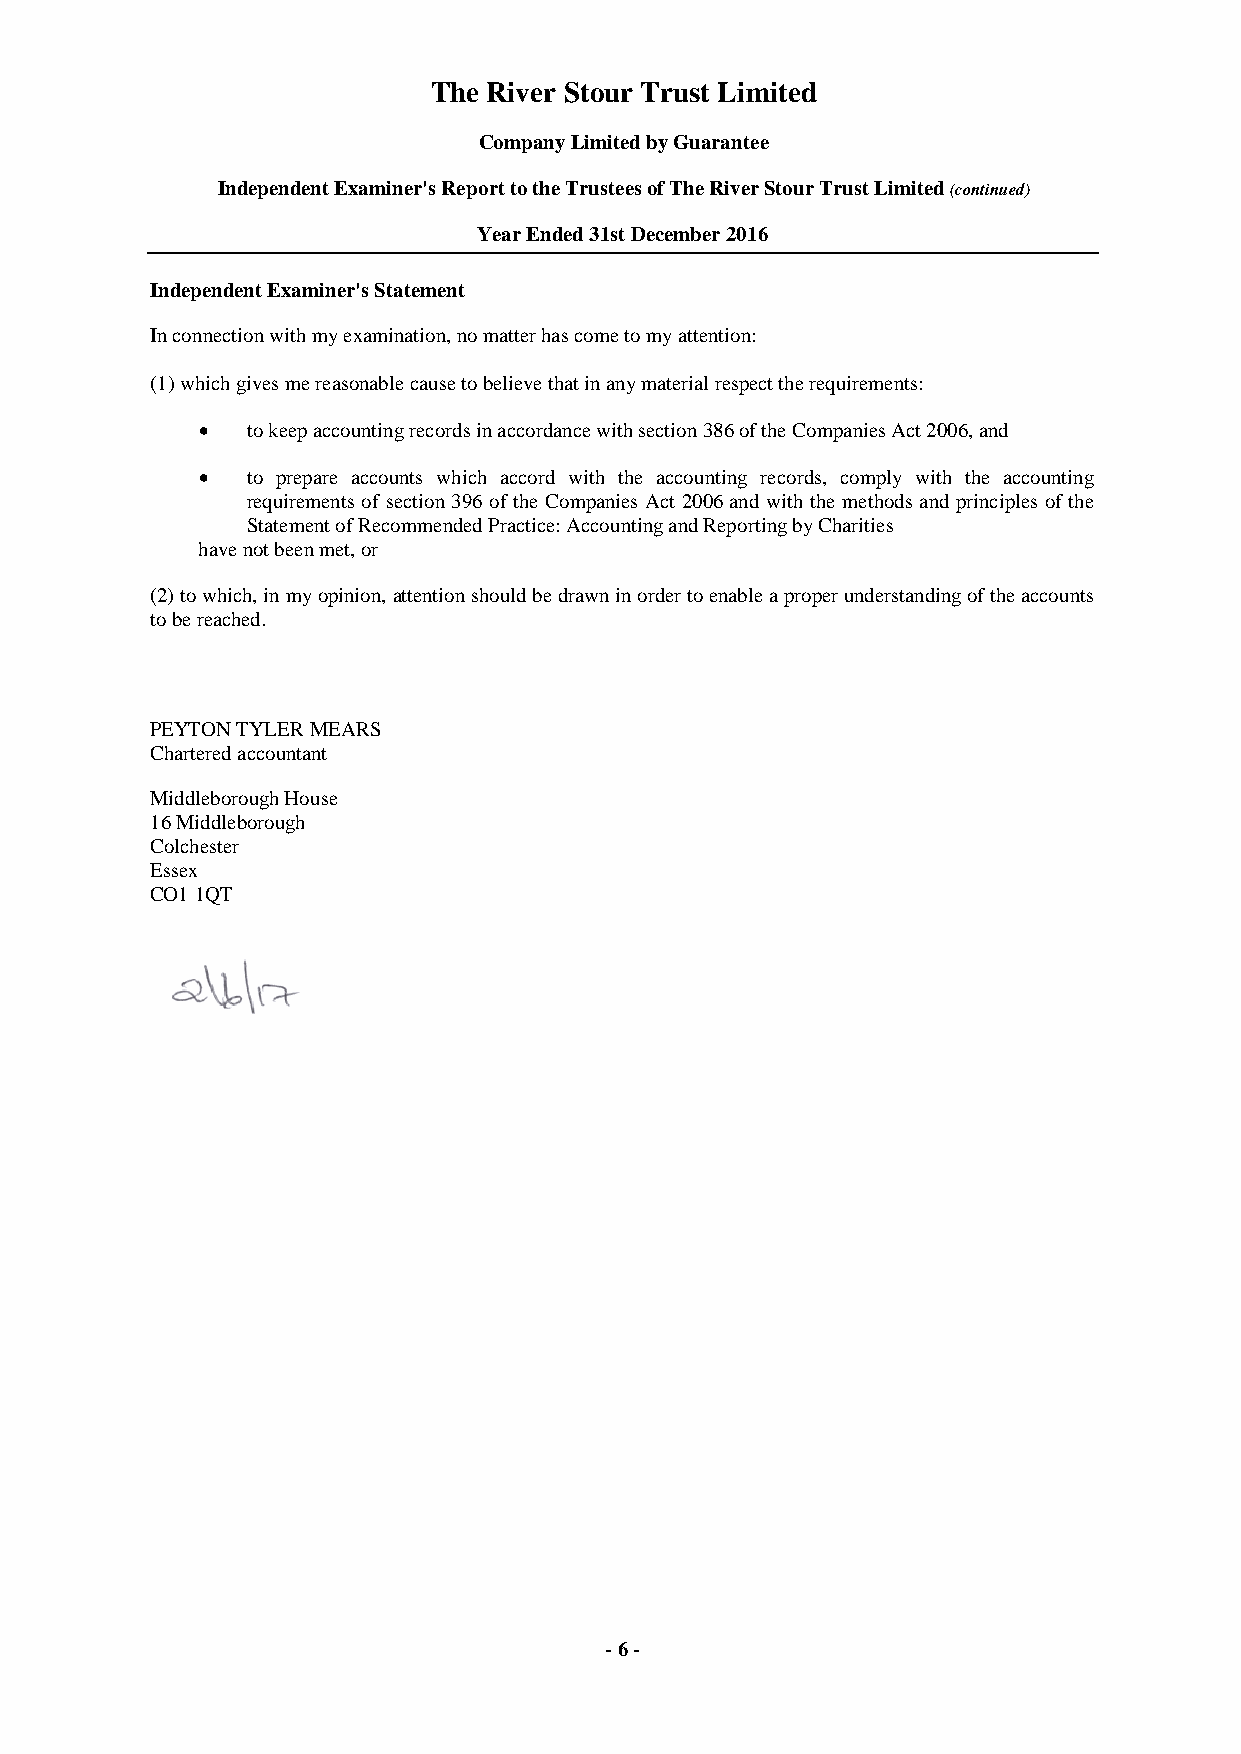
The River Stour Trust Limited
 Company Limited by Guarantee
 Independent Examiner's Report to the Trustees of The River Stour Trust Limited (continued)
 Year Ended 31st December 2016
 Independent Examiner's Statement
 In connection with my examination, no matter has come to my attention:
 (1) which gives me reasonable cause to believe that in any material respect the requirements:
   to keep accounting records in accordance with section 386 of the Companies Act 2006, and
   to prepare accounts which accord with the accounting records, comply with the accounting
 requirements of section 396 of the Companies Act 2006 and with the methods and principles of the
 Statement of Recommended Practice: Accounting and Reporting by Charities
 have not been met, or
 (2) to which, in my opinion, attention should be drawn in order to enable a proper understanding of the accounts
 to be reached.
 PEYTON TYLER MEARS
 Chartered accountant
 Middleborough House
 16 Middleborough
 Colchester
 Essex
 C O1 1QT
 - 6 -